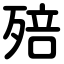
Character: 殕